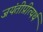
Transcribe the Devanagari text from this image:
जयंतीप्रीत्यर्थ